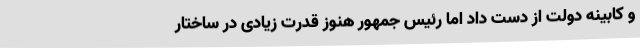
و کابینه دولت از دست داد اما رئیس جمهور هنوز قدرت زیادی در ساختار